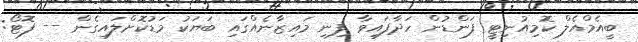
ބީއެމްއެލް ކޮމިއުނިޓީ ފަންޑުން ހަދާފައިވާ ފިނި މައިޒާނެއްގައި ބަޔަކު މަޑުކޮށްލައިގެން -- ފޮޓޯ: